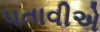
પતાવીએ